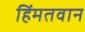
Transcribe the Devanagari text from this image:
हिंमतवान